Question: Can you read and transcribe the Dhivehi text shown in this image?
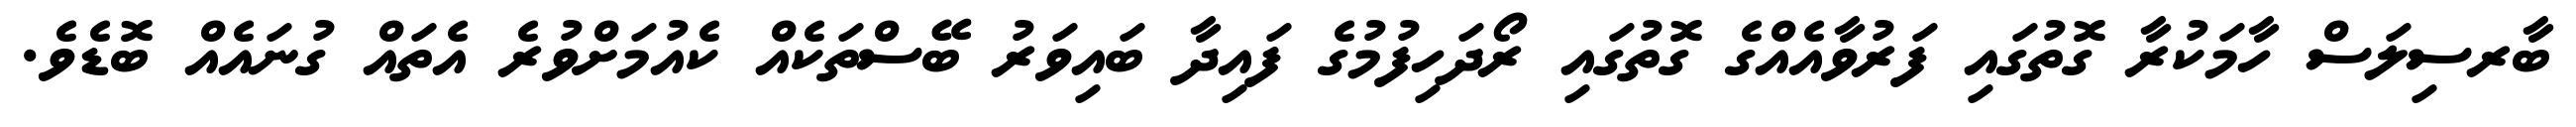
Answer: ބާރސިލަސް ހާމަކުރާ ގޮތުގައި ފަރުވާއެއްގެ ގޮތުގައި ރޯދަހިފުމުގެ ފައިދާ ބައިވަރު ބޭސްތަކެއް ކެއުމަށްވުރެ އެތައް ގުނައެއް ބޮޑެވެ.